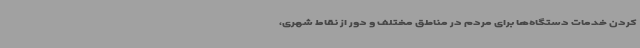
کردن خدمات دستگاه‌ها برای مردم در مناطق مختلف و دور از نقاط شهری،